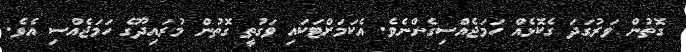
ގޮތުން ވަރުގަދަ ގެކޮޅެއް ހަމަޖެއްސިގެންނެވެ. އެކަމަށްޓަކައި ވަގުތީ ގޮތުން މުރައިދޫގެ ހަމަޖެއްސި އެވެ.